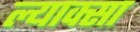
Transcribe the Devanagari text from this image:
ल्याक्सा